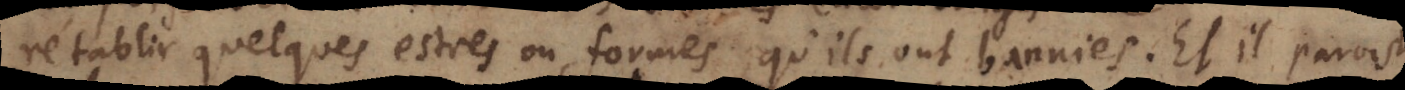
rétablir quelques estres ou formes qu’ils ont bannies. Et il paroist